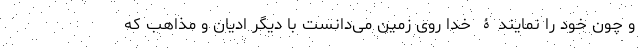
و چون خود را نمایندۀ خدا روی زمین می‌دانست با دیگر ادیان و مذاهب که